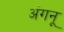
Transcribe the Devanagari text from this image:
अंगनू